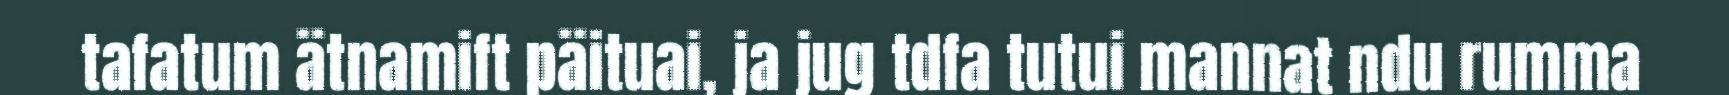
tafatum ätnamift päituai, ja jug tdfa tutui mannat ndu rumma